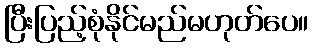
ပြီးပြည့်စုံနိုင်မည်မဟုတ်ပေ။